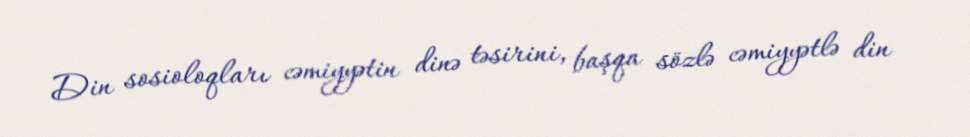
Din sosioloqları cəmiyyətin dinə təsirini, başqa sözlə cəmiyyətlə din